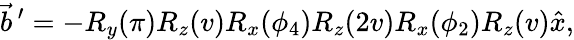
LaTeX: \vec{b}^{\, \prime}=-R_{y}(\pi)R_{z}(v)R_{x}(\phi_{4})R_{z}(2v)R_{x}(\phi_{2})R_{z}(v)\hat{x},